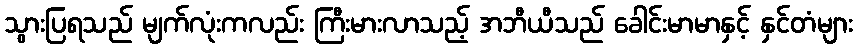
သွားပြရသည် မျက်လုံးကလည်း ကြီးမားလာသည့် အဘီယီသည် ခေါင်းမာမာနှင့် နှင်တံများ